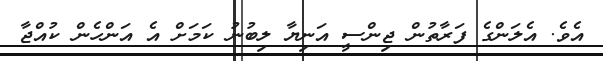
އެވެ. އެލަންގެ ފަރާތުން ޖިންސީ އަނިޔާ ލިބުނު ކަމަށް އެ އަންހެން ކުއްޖާ